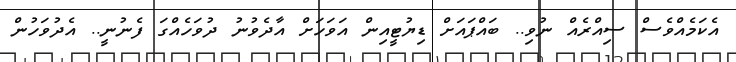
އެކަމެއްވެސް ސިއްރެއް ނުވި.. ބައްޕައަށް ޑިޔުޓީއިން އަވަހަށް އާދެވުނު ދުވަހެއްގަ ފެނުނީ.. އެދުވަހުން